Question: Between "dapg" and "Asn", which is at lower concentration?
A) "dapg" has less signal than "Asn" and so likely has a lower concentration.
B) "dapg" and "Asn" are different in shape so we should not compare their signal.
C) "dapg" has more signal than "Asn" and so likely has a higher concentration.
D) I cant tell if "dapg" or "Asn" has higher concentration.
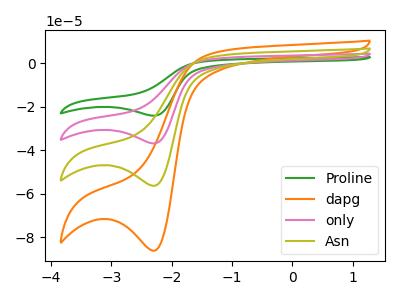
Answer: <think>The green curve "Proline" has a cathodic peak at: (-2.30V, -168.95uA). The orange curve "dapg" has a cathodic peak at: (-2.30V, -86.15uA). The pink curve "only" has a cathodic peak at: (-2.30V, -112.65uA). The olive curve "Asn" has a cathodic peak at: (-2.30V, -56.30uA).
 All the peaks in "dapg" have a peak in "Asn" at the same potential. Every peak in "dapg" is higher than every peak in "Asn".</think>
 <answer>C) "dapg" has more signal than "Asn" and so likely has a higher concentration.</answer>
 <eval>C</eval>